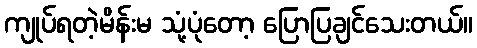
ကျုပ်ရတဲ့မိန်းမ သုံ့ပုံတော့ ပြောပြချင်သေးတယ်။